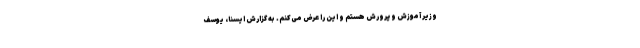
وزیر آموزش و پرورش هستم و این را عرض می‌کنم. به گزارش ایسنا، یوسف